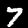
Digit: 7